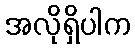
အလိုရှိပါက